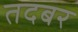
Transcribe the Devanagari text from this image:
तदबर